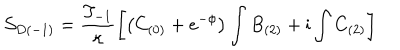
{ \cal S } _ { D ( - 1 ) } = \frac { T _ { - 1 } } { \kappa } \left[ \left( C _ { ( 0 ) } + e ^ { - \phi } \right) \int B _ { ( 2 ) } + \mathrm { i } \int C _ { ( 2 ) } \right]